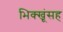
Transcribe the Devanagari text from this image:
भिक्खूंसह